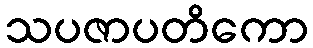
သပဇာပတိကော